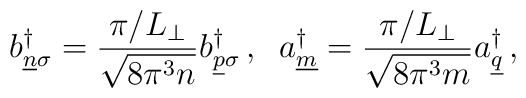
b_{\underline{n}\sigma}^\dagger=    \frac{\pi/L_\perp}{\sqrt{8\pi^3 n}}b_{\underline{p}\sigma}^\dagger\,,\;\;a_{\underline{m}}^\dagger=    \frac{\pi/L_\perp}{\sqrt{8\pi^3 m}}a_{\underline{q}}^\dagger\,,\;\;